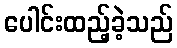
ပေါင်းထည့်ခဲ့သည်